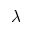
\lambda